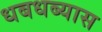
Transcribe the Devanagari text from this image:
धबधब्यास